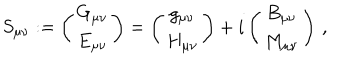
S _ { \mu \nu } : = \left( \begin{array} { c } { { G _ { \mu \nu } } } \\ { { E _ { \mu \nu } } } \\ \end{array} \right) = \left( \begin{array} { c } { { g _ { \mu \nu } } } \\ { { H _ { \mu \nu } } } \\ \end{array} \right) + i \left( \begin{array} { c } { { B _ { \mu \nu } } } \\ { { M _ { \mu \nu } } } \\ \end{array} \right) \, ,